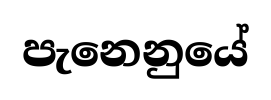
පැනෙනුයේ